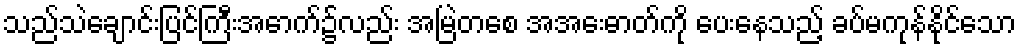
သည်သဲချောင်းပြင်ကြီးအောက်၌လည်း အမြဲတစေ အအေးဓာတ်ကို ပေးနေသည့် ခပ်မကုန်နိုင်သော